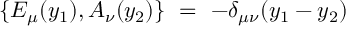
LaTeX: \{ { \cal E } _ { \mu } ( y _ { 1 } ) , { \cal A } _ { \nu } ( y _ { 2 } ) \} \ = \ - \delta _ { \mu \nu } ( y _ { 1 } - y _ { 2 } )